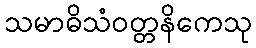
သမာဓိသံဝတ္တနိကေသု